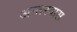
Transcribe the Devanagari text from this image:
अन्तरवास